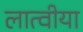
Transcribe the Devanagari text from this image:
लात्वीया